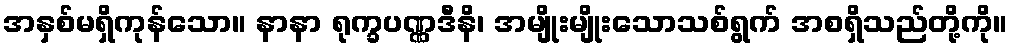
အနှစ်မရှိကုန်သော။ နာနာ ရုက္ခပဏ္ဏဒီနိ၊ အမျိုးမျိုးသောသစ်ရွက် အစရှိသည်တို့ကို။